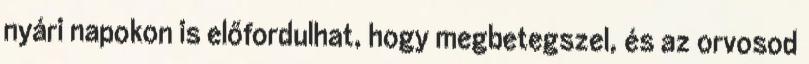
nyári napokon is előfordulhat, hogy megbetegszel, és az orvosod